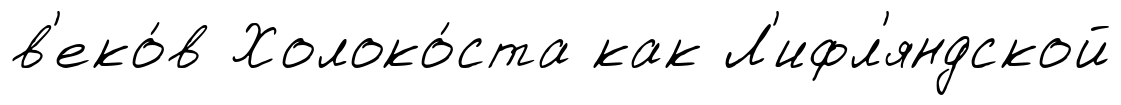
в'еко́в Холоко́ста как Л'ифл'яндской